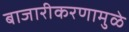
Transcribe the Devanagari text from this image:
बाजारीकरणामुळे